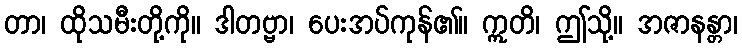
တာ၊ ထိုသမီးတို့ကို။ ဒါတဗ္ဗာ၊ ပေးအပ်ကုန်၏။ ဣတိ၊ ဤသို့။ အဇာနန္တာ၊